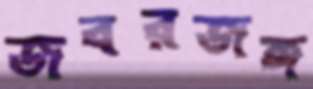
জবরজঙ্গ